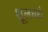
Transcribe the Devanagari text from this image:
शूलधरां